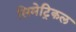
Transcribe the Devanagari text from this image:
सिमेट्रिकल